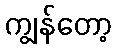
ကျွန်တော့